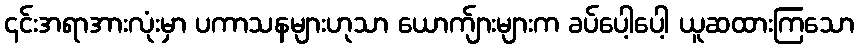
၎င်းအရာအားလုံးမှာ ပကာသနများဟုသာ ယောက်ျားများက ခပ်ပေါ့ပေါ့ ယူဆထားကြသော